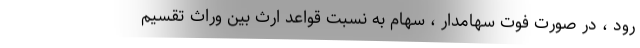
رود ، در صورت فوت سهامدار ، سهام به نسبت قواعد ارث بین وراث تقسیم